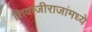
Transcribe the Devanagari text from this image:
शिवाजीराजांमध्ये